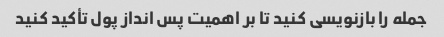
جمله را بازنویسی کنید تا بر اهمیت پس انداز پول تأکید کنید